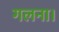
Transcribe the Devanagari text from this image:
गलना।